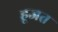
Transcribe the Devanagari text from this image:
हूजत